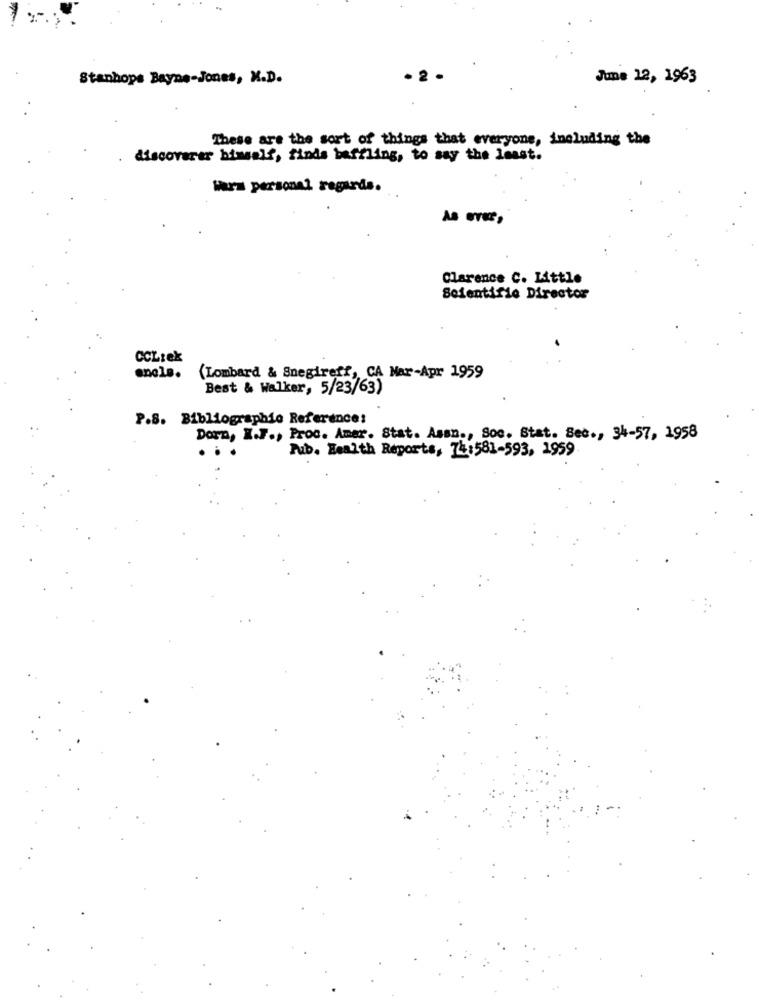
Stanhope Bayne-Jones, K.D.
· 2
June 12, 1963
These are the sort of things that everyone, including the
discoverer himself, finds baffling, to say the least.
Wars personal regards.
Clarence C. Little
Seientifie Director
CCLrek
enele.
(Lombard & Snegireff, CA Mar-Apr 1959
Best & Walker, 5/23/63)
P.S. Bibliographie Reference:
Dorn, K.F ., Proc. Amer. Stat. Assn ., Soc. Stat. Sec ., 34-57, 1958
Pub. Health Reports, 74:581-593, 1959